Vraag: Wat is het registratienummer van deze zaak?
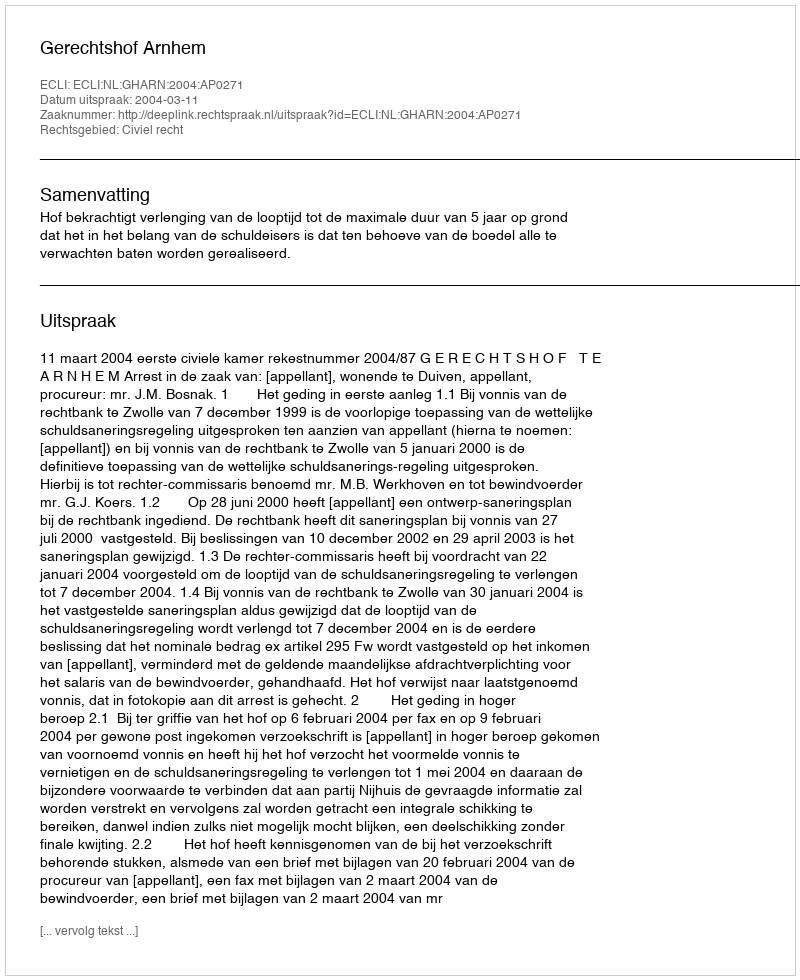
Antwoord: http://deeplink.rechtspraak.nl/uitspraak?id=ECLI:NL:GHARN:2004:AP0271